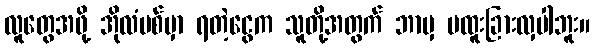
လူတွေအဖို့ အိုလံပစ်မှာ ရတဲ့ငွေက သူတို့အတွက် ဘာမှ မထူးခြားလှပါဘူး။